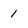
Character: 1